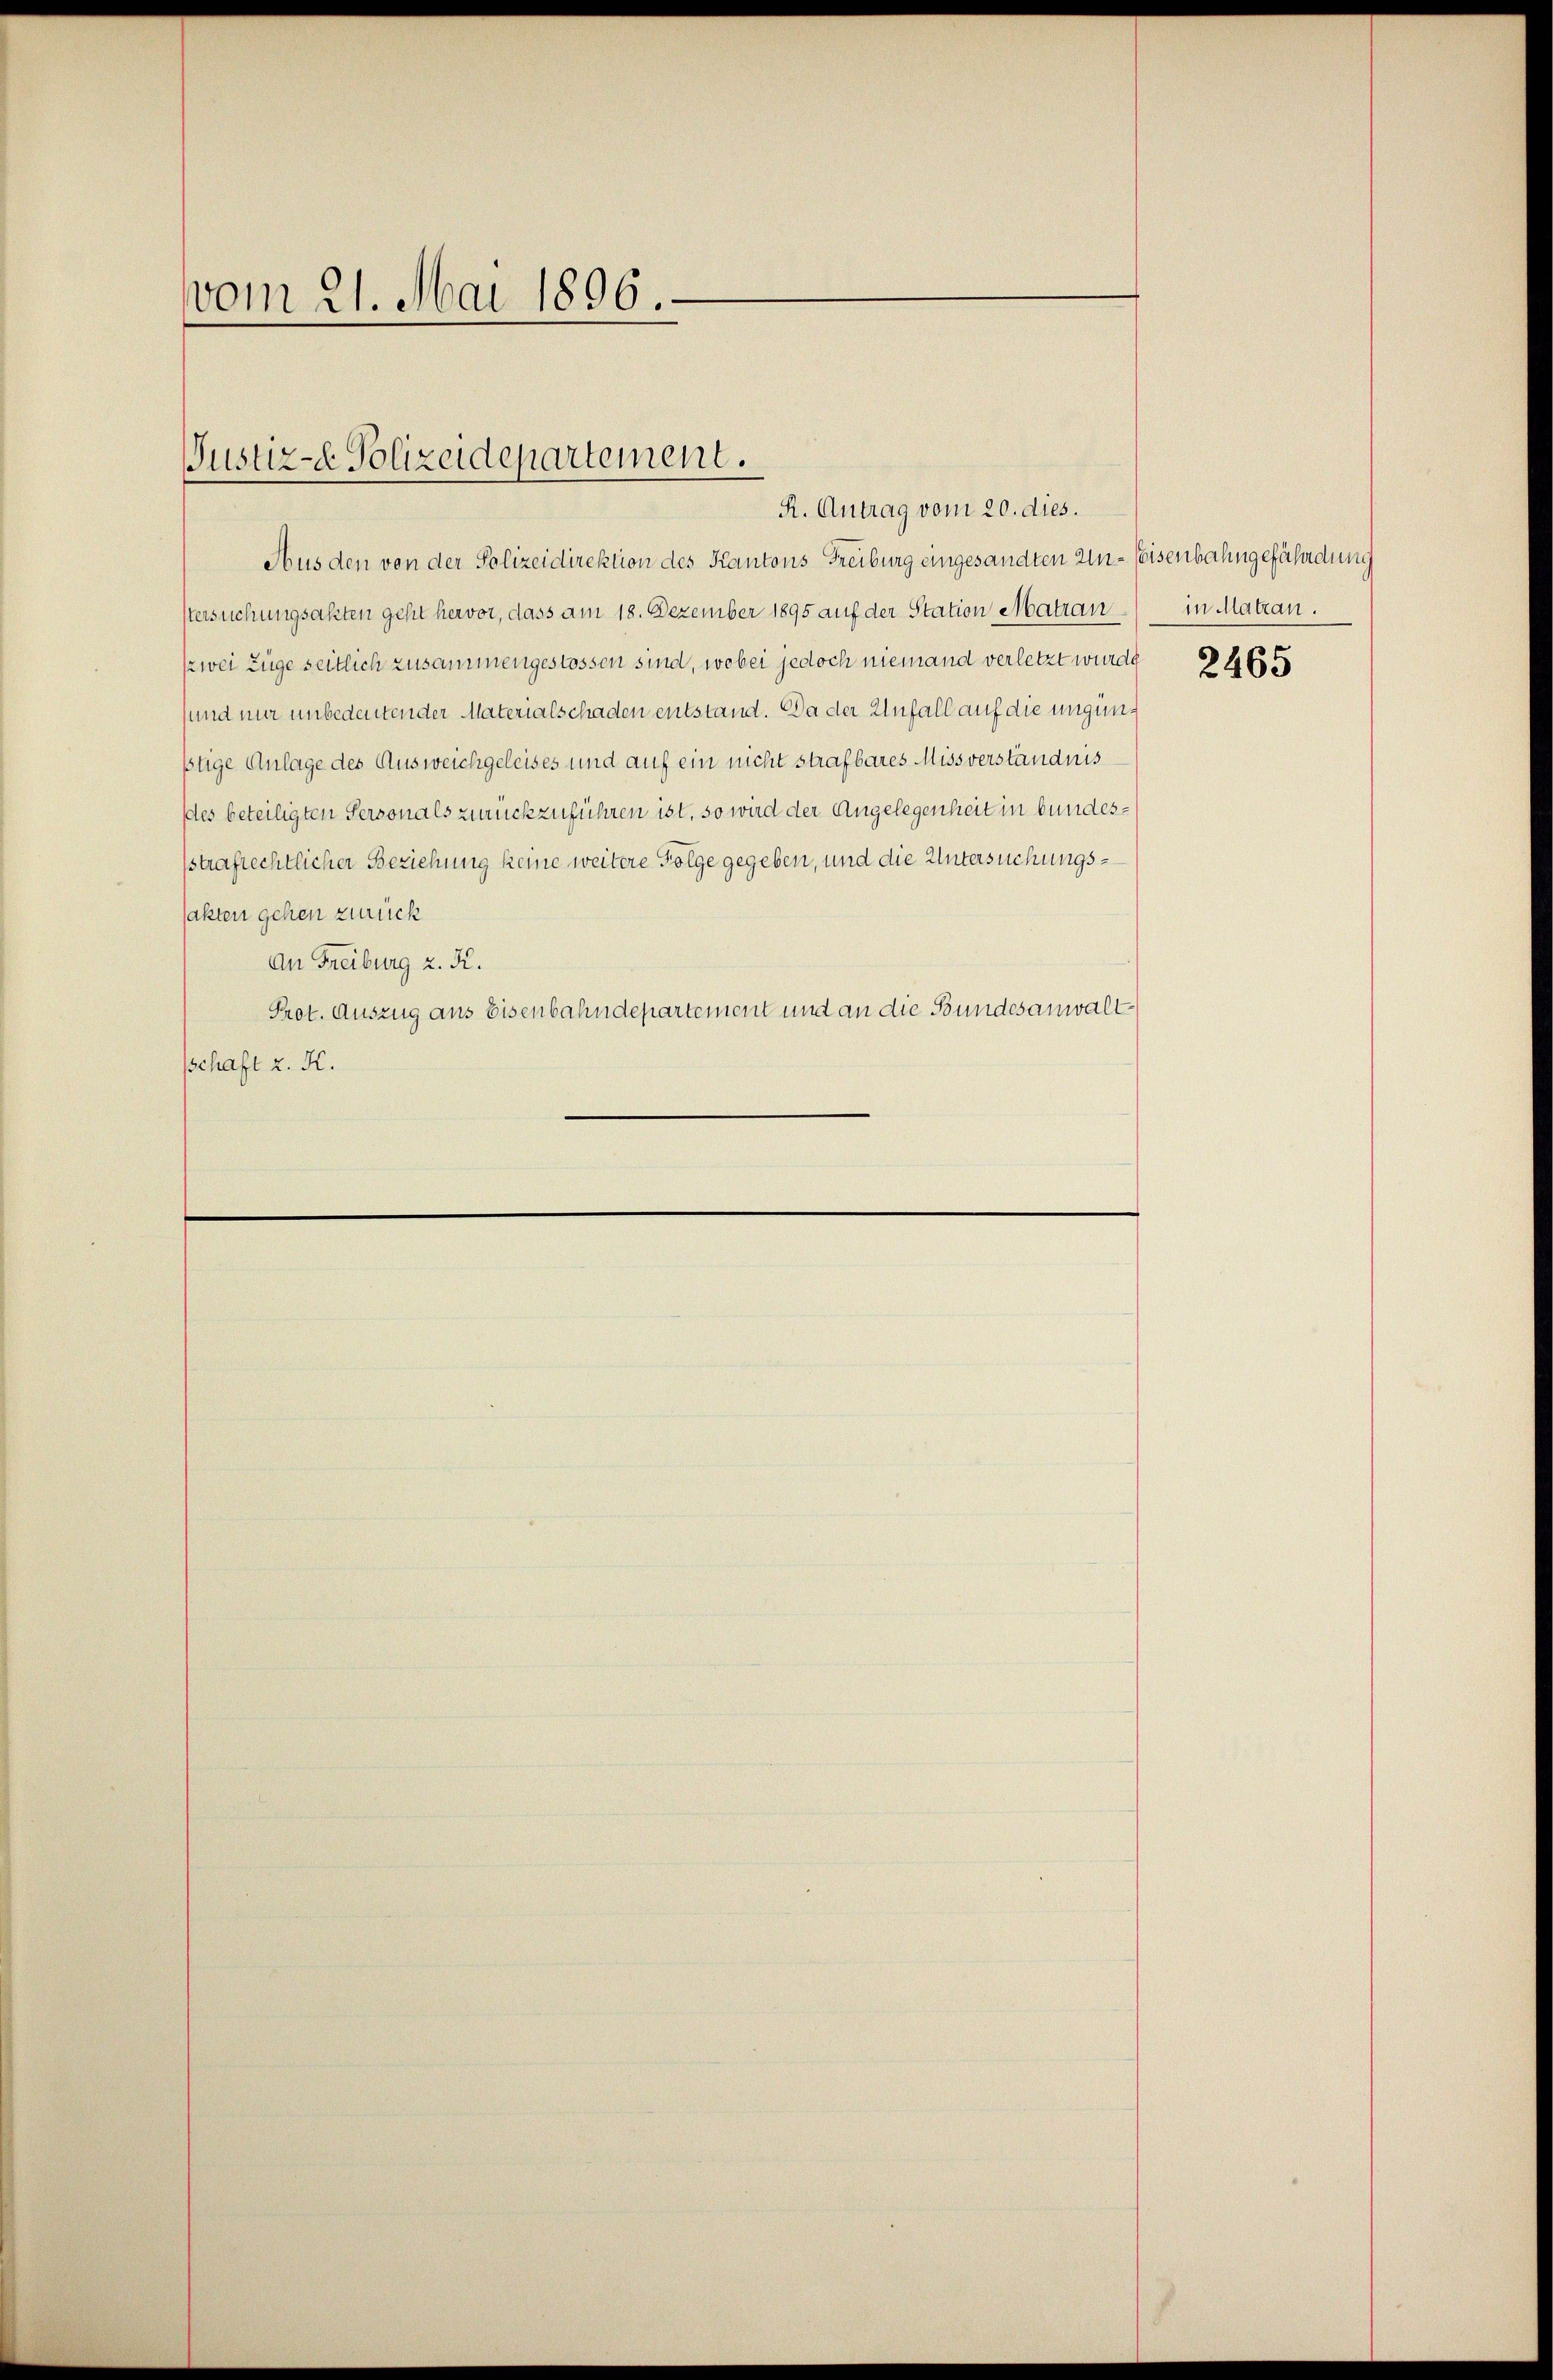
vom 21. Mai 1896.

Justiz- Polizeidepartement.
R. Antrag vom 20. dies.

Aus den von der Polizeidirektion des Kantons Freiburg eingesandten Un-seisenbahngefährdung
stersuchungsakten geht hervor, dass am 18. Dezember 1895 auf der Station Matran
Ezwei Züge seitlich zusammengestossen sind, wobei jedoch niemand verletzt wurde 1465
sund nur unbedeutender Materialschaden entstand. Da der Unfall auf die ungünstige Anlage des Ausweichgeleises und auf ein nicht strafbares Missverständnis
des beteiligten Personals zurückzuführen ist, so wird der Angelegenheit in bundessstrafrechtlicher Beziehung keine weitere Folge gegeben, und die Untersuchungssakten gehen zurück
An Freiburg z. K.
Prot. Auszug aus Eisenbahndepartement und an die Bundesanwaltsschaft z. K.

in Matran.